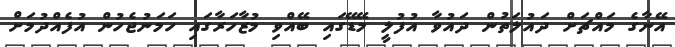
އޭނާގެ މައްޗަށް ދައުލަތުން ދައުވާ އުފުލީ މޭޑޭގައި ބޭއްވި މުޒާހަރާގައި ހަމަނުޖެހުން އުފެއްދުމަށް